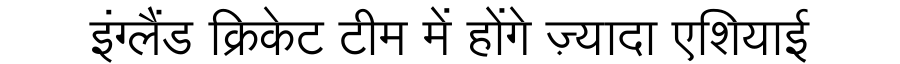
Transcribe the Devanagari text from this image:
इंग्लैंड क्रिकेट टीम में होंगे ज़्यादा एशियाई